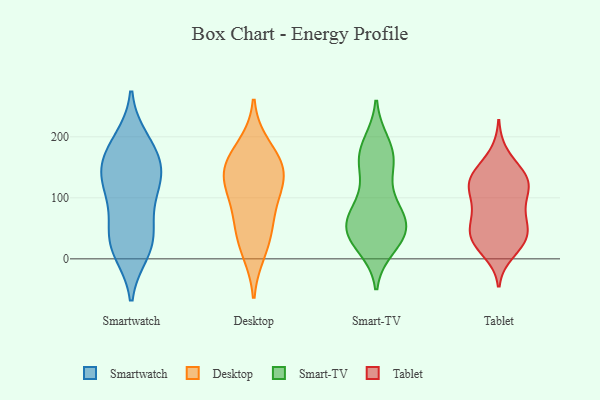
{"axis": {"x": "Page Views", "y": "Value"}, "legend": ["Desktop", "Smart-TV", "Smartwatch", "Tablet"], "data": [{"x": "", "y": 141, "type": "Smartwatch"}, {"x": "", "y": 18, "type": "Smartwatch"}, {"x": "", "y": 99, "type": "Smartwatch"}, {"x": "", "y": 194, "type": "Smartwatch"}, {"x": "", "y": 167, "type": "Smartwatch"}, {"x": "", "y": 186, "type": "Smartwatch"}, {"x": "", "y": 44, "type": "Smartwatch"}, {"x": "", "y": 158, "type": "Smartwatch"}, {"x": "", "y": 113, "type": "Smartwatch"}, {"x": "", "y": 123, "type": "Smartwatch"}, {"x": "", "y": 12, "type": "Smartwatch"}, {"x": "", "y": 141, "type": "Smartwatch"}, {"x": "", "y": 25, "type": "Smartwatch"}, {"x": "", "y": 51, "type": "Smartwatch"}, {"x": "", "y": 12, "type": "Desktop"}, {"x": "", "y": 37, "type": "Desktop"}, {"x": "", "y": 155, "type": "Desktop"}, {"x": "", "y": 118, "type": "Desktop"}, {"x": "", "y": 185, "type": "Desktop"}, {"x": "", "y": 88, "type": "Desktop"}, {"x": "", "y": 146, "type": "Desktop"}, {"x": "", "y": 60, "type": "Desktop"}, {"x": "", "y": 152, "type": "Desktop"}, {"x": "", "y": 126, "type": "Desktop"}, {"x": "", "y": 68, "type": "Smart-TV"}, {"x": "", "y": 41, "type": "Smart-TV"}, {"x": "", "y": 189, "type": "Smart-TV"}, {"x": "", "y": 85, "type": "Smart-TV"}, {"x": "", "y": 47, "type": "Smart-TV"}, {"x": "", "y": 186, "type": "Smart-TV"}, {"x": "", "y": 55, "type": "Smart-TV"}, {"x": "", "y": 57, "type": "Smart-TV"}, {"x": "", "y": 169, "type": "Smart-TV"}, {"x": "", "y": 20, "type": "Smart-TV"}, {"x": "", "y": 30, "type": "Smart-TV"}, {"x": "", "y": 79, "type": "Smart-TV"}, {"x": "", "y": 152, "type": "Smart-TV"}, {"x": "", "y": 156, "type": "Smart-TV"}, {"x": "", "y": 31, "type": "Smart-TV"}, {"x": "", "y": 155, "type": "Smart-TV"}, {"x": "", "y": 96, "type": "Smart-TV"}, {"x": "", "y": 45, "type": "Smart-TV"}, {"x": "", "y": 171, "type": "Tablet"}, {"x": "", "y": 119, "type": "Tablet"}, {"x": "", "y": 62, "type": "Tablet"}, {"x": "", "y": 31, "type": "Tablet"}, {"x": "", "y": 89, "type": "Tablet"}, {"x": "", "y": 11, "type": "Tablet"}, {"x": "", "y": 29, "type": "Tablet"}, {"x": "", "y": 55, "type": "Tablet"}, {"x": "", "y": 127, "type": "Tablet"}, {"x": "", "y": 74, "type": "Tablet"}, {"x": "", "y": 139, "type": "Tablet"}, {"x": "", "y": 119, "type": "Tablet"}, {"x": "", "y": 32, "type": "Tablet"}, {"x": "", "y": 91, "type": "Tablet"}, {"x": "", "y": 43, "type": "Tablet"}, {"x": "", "y": 31, "type": "Tablet"}, {"x": "", "y": 138, "type": "Tablet"}, {"x": "", "y": 132, "type": "Tablet"}, {"x": "", "y": 122, "type": "Tablet"}]}